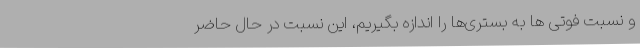
و نسبت فوتی ها به بستری‌ها را اندازه بگیریم، این نسبت در حال حاضر